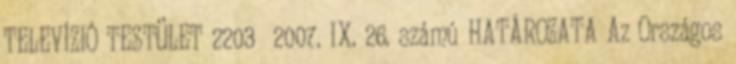
TELEVÍZIÓ TESTÜLET 2203 2007. IX. 26. számú HATÁROZATA Az Országos